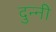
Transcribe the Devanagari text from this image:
दुन्नी